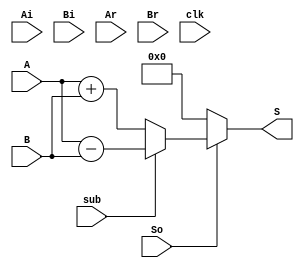
module ALU2(A, B, S, Ai, Bi, Ar, Br, clk, So, sub);
	input [7:0]A;
	input [7:0]B;
	input Ai, Bi, Ar, Br, clk, So, sub;
	output [7:0]S;
	wire Ao, Bo;
	reg[7:0]At;
	reg[7:0]Bt;
	reg[7:0]St;
	
	always@(clk)begin
		if(Ai==1'b1) At <= A;
		else if(Ar==1'b1) At <= 8'b00000000;
	end
	always@(clk)begin
		if(Bi==1'b1) Bt <= B;
		else if(Br==1'b1) Bt <= 8'b00000000;
	end
	always@(clk)begin
		if(sub==1'b1) St <= A-B;
		else St <= A+B;
	end
	assign Ao = At;
	assign Bo = Bt;
	assign S = (So==1'b1) ? St
					: 8'b00000000;
endmodule